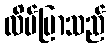
လိပ်ပြာသည်